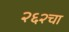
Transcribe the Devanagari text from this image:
२६२चा